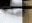
هذه